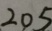
2 0 5